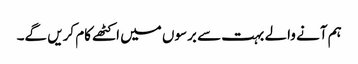
ہم آنے والے بہت سے برسوں میں اکٹھے کام کریں گے۔